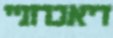
דיאכרוניי